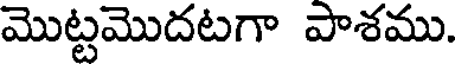
మొట్టమొదటగా పాశము.